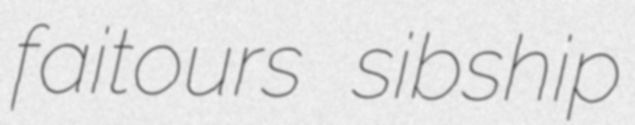
faitours sibship